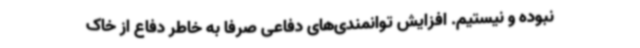
نبوده و نیستیم. افزایش توانمندی‌های دفاعی صرفا به خاطر دفاع از خاک